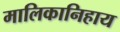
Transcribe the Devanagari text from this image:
मालिकानिहाय